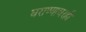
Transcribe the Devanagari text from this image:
घराण्यावरही